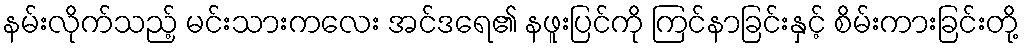
နမ်းလိုက်သည့် မင်းသားကလေး အင်ဒရေ၏ နဖူးပြင်ကို ကြင်နာခြင်းနှင့် စိမ်းကားခြင်းတို့